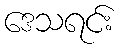
ဒေသရင်း